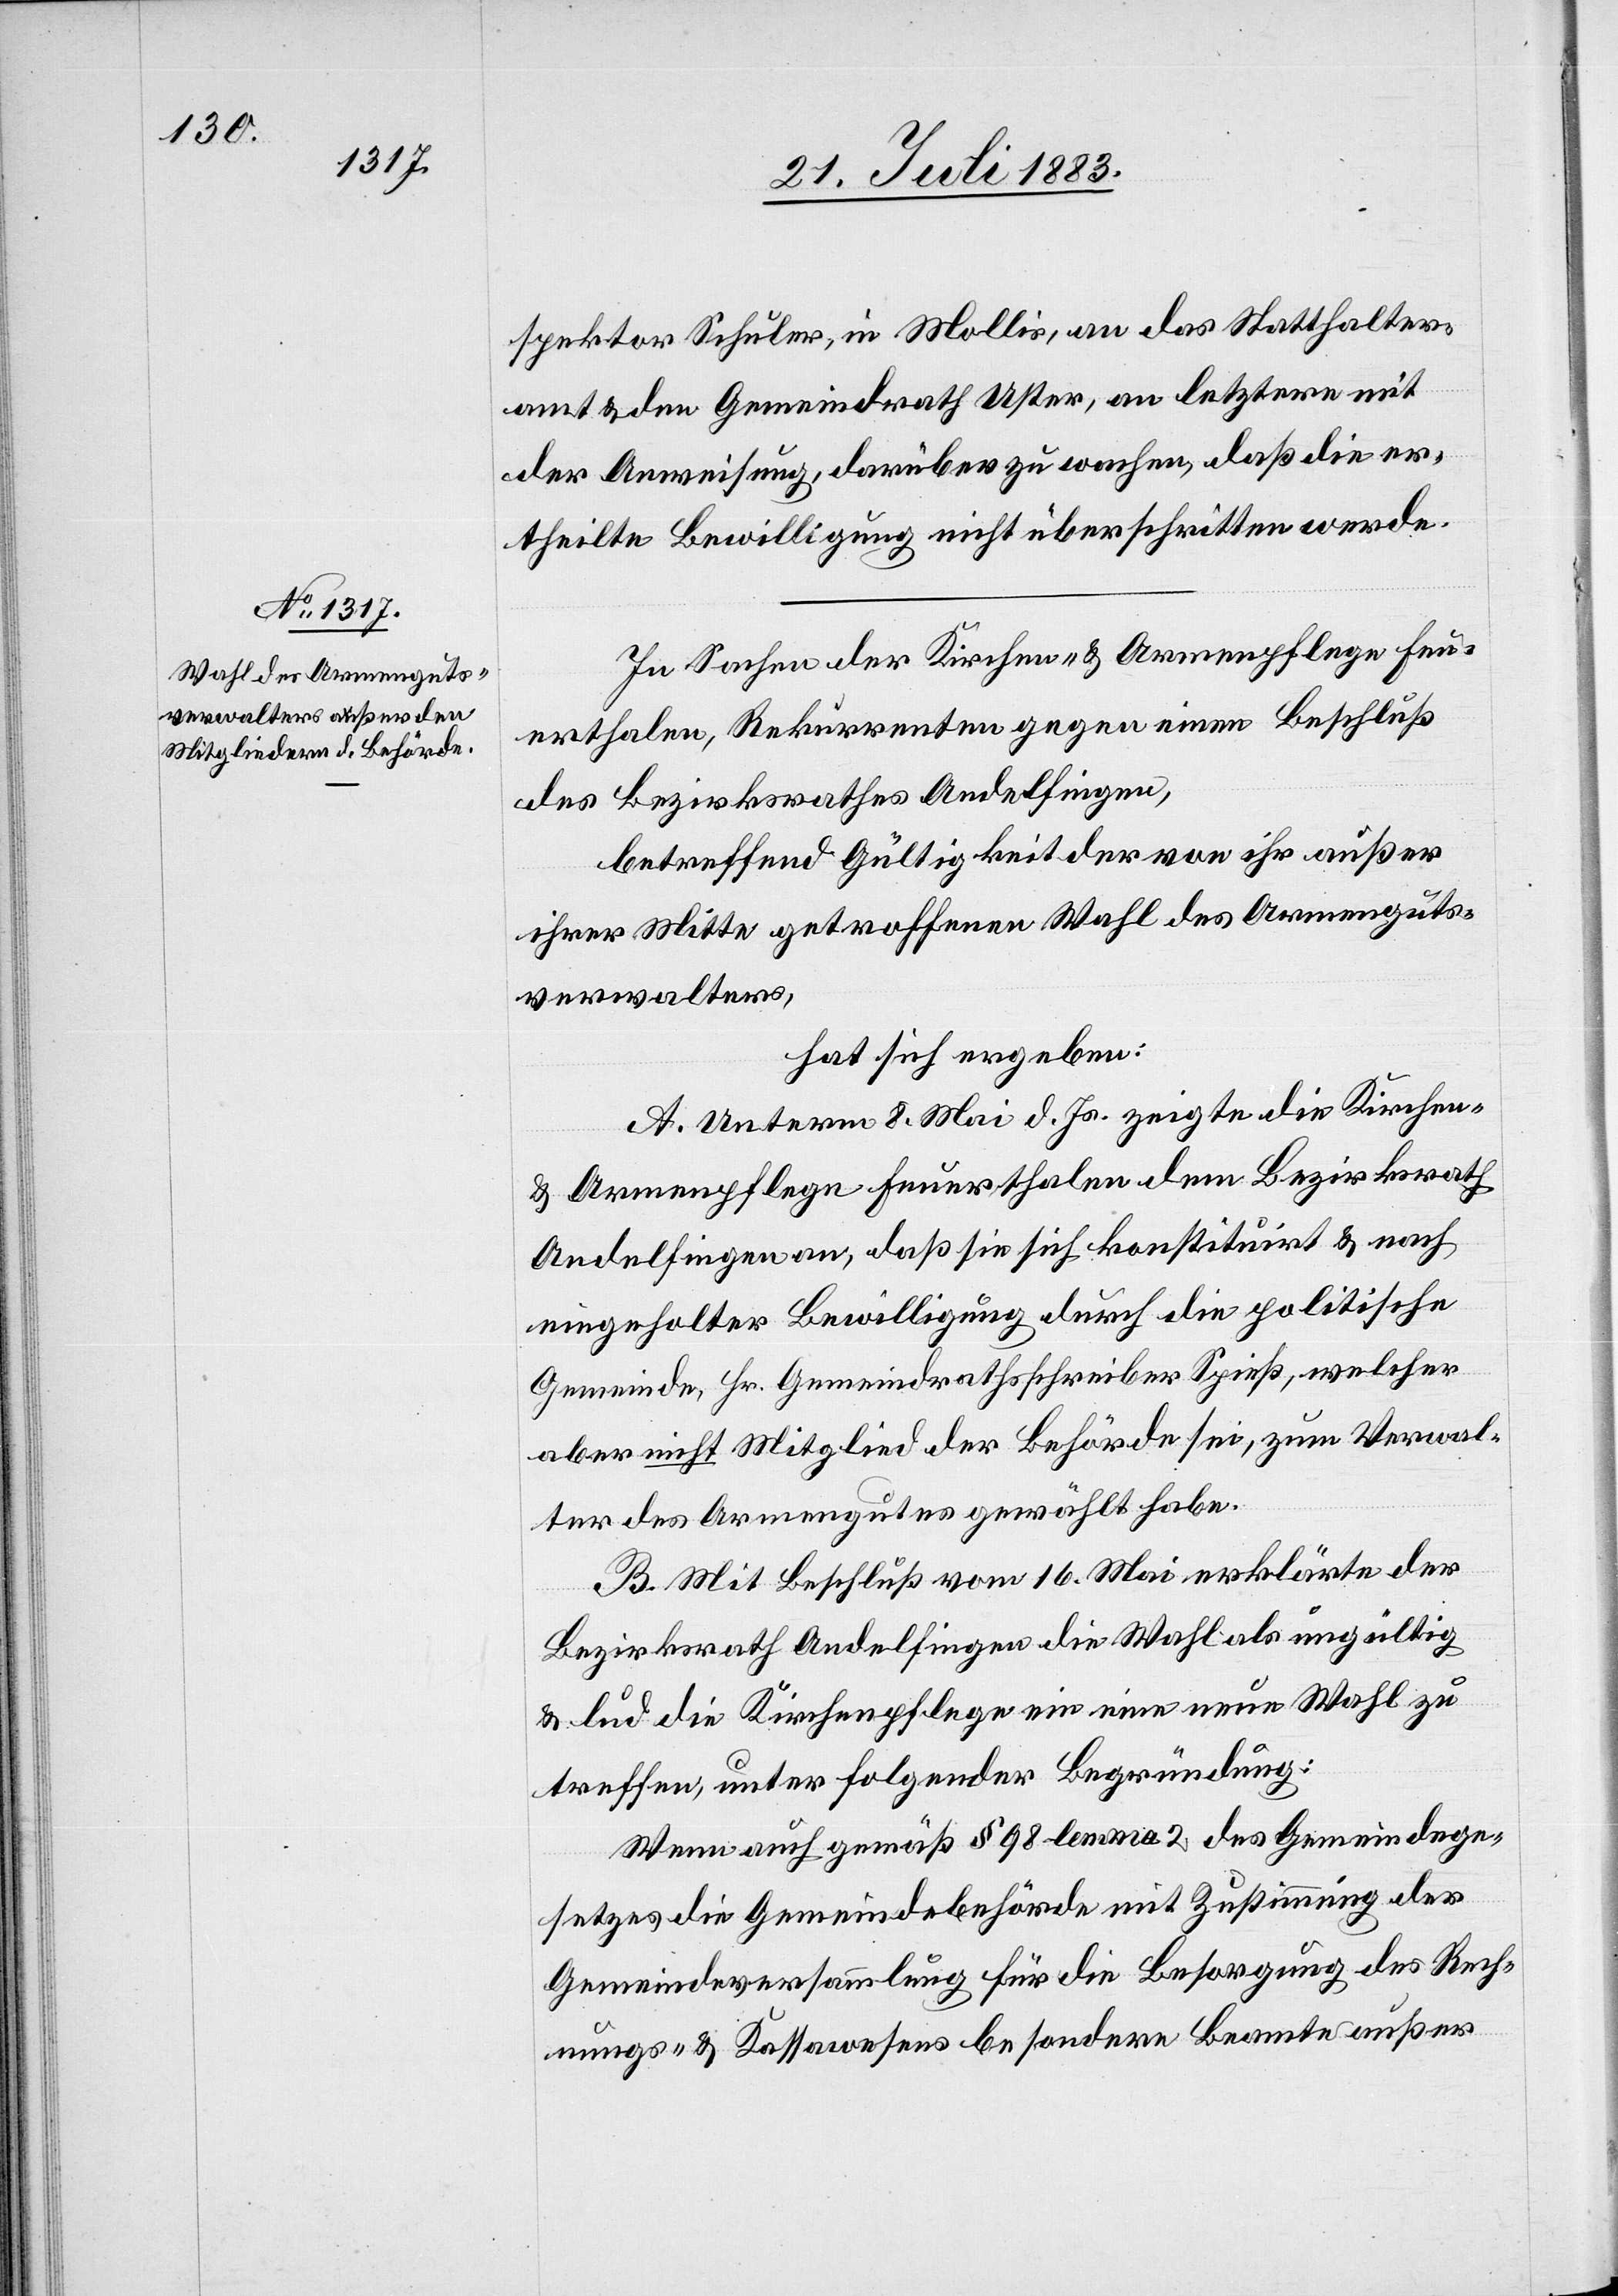
spektor Schuler, in Mollis, an das Statthalter¬
amt & den Gemeindrath Uster, an letztere mit
der Anweisung, darüber zu wachen, daß die er¬
theilte Bewilligung nicht überschritten werde.
In Sachen der Kirchen- & Armenpflege Feu¬
erthalen, Rekurrenten gegen einen Beschluß
des Bezirksrathes Andelfingen,
betreffend Gültigkeit der von ihr außer
ihrer Mitte getroffenen Wahl des Armenguts¬
verwalters,
hat sich ergeben:
A. Unterm 8. Mai d. Js. zeigte die Kirchen-
& Armenpflege Feuerthalen dem Bezirksrath
Andelfingen an, daß sie sich konstituirt & nach
eingeholter Bewilligung durch die politische
Gemeinde, Hr. Gemeindrathsschreiber Spieß, welcher
aber nicht Mitglied der Behörde sei, zum Verwal¬
ter des Armengutes gewählt habe.
B. Mit Beschluß vom 16. Mai erklärte der
Bezirksrath Andelfingen die Wahl als ungültig
& lud die Kirchenpflege ein eine neue Wahl zu
treffen, unter folgender Begründung:
Wenn auch gemäß § 98 lemma 2 des Gemeindege¬
setzes die Gemeindebehörde mit Zustimmung der
Gemeindeversammlung für die Besorgung des Rech¬
nungs- & Kassawesens besondere Beamte außer